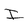
Character: I